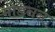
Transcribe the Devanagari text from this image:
मोडेनन